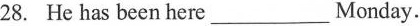
28. He has been here ___ Monday.